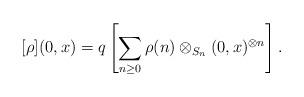
LaTeX: \begin{align*}[\rho](0,x) = q \left[\sum_{n \ge 0} \rho(n) \otimes_{S_n} (0, x)^{\otimes n}\right].\end{align*}